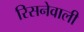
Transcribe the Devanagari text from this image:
रिसनेवाली